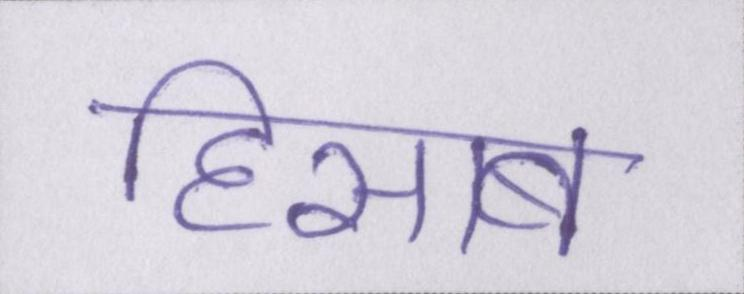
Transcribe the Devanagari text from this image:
हिसाब